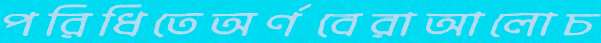
পরিধিতেঅর্ণবেরাআলোচ